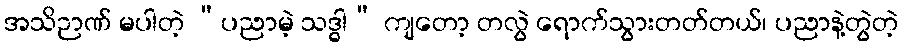
အသိဉာဏ် မပါတဲ့ “ပညာမဲ့ သဒ္ဓါ” ကျတော့ တလွဲ ရောက်သွားတတ်တယ်၊ ပညာနဲ့တွဲတဲ့